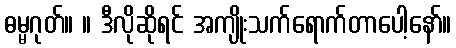
ဓမ္မဂုတ်။ ။ ဒီလိုဆိုရင် အကျိုးသက်ရောက်တာပေါ့နော်။